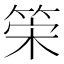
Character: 筞